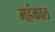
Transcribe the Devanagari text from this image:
महंकाल